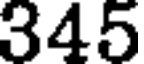
345